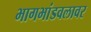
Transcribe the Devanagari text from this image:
भागभांडवलावर